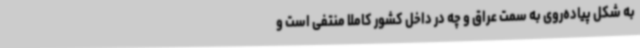
به شکل پیاده‌روی به سمت عراق و چه در داخل کشور کاملاً منتفی است و